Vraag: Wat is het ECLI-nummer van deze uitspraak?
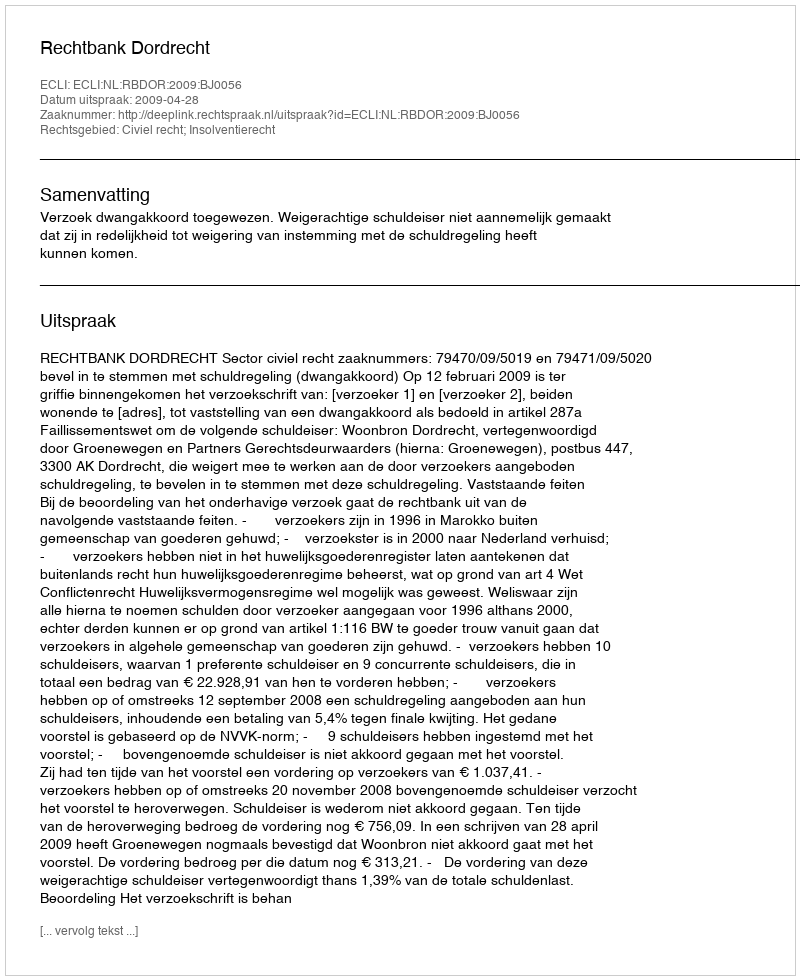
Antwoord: ECLI:NL:RBDOR:2009:BJ0056